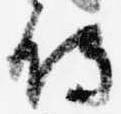
侍